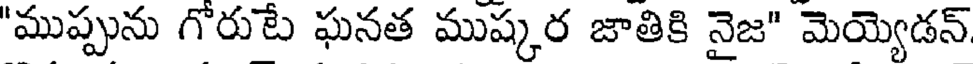
"ముప్పును గోరుటే ఘనత ముష్కర జాతికి నైజ" మెయ్యెడన్